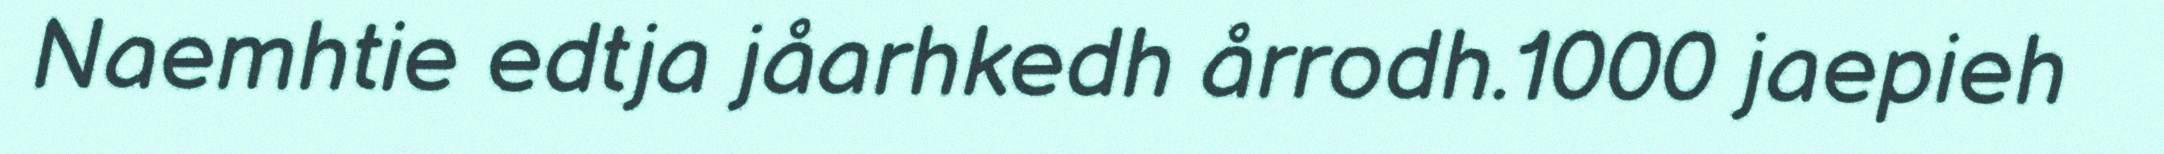
Naemhtie edtja jåarhkedh årrodh.1000 jaepieh